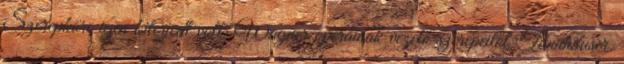
Szerepköre igen kiterjedt volt: Wagner operáinak vezető szerepeitől Tannhäuser.